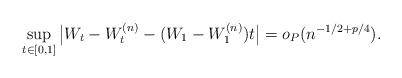
LaTeX: \begin{align*}\sup_{t\in [0,1]} \big|W_t - W^{(n)}_t - (W_1 - W^{(n)}_1)t \big| =o_P (n^{-1/2+p/4}) . \end{align*}